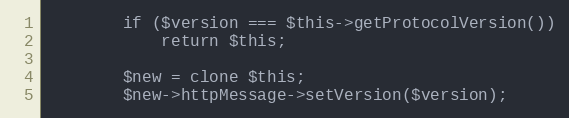
Language: PHP
        if ($version === $this->getProtocolVersion())
            return $this;

        $new = clone $this;
        $new->httpMessage->setVersion($version);